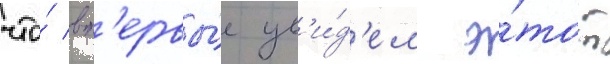
что́ вп'ервы́е ув'и́д'ел э́тот